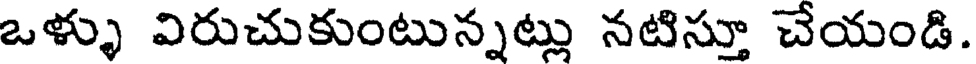
ఒళ్ళు విరుచుకుంటున్నట్లు నటిస్తూ చేయండి.